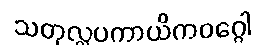
သတုလ္လပကာယိကဝဂ္ဂေါ